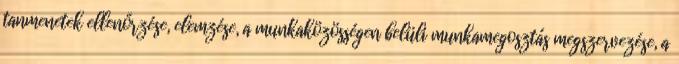
tanmenetek ellenőrzése, elemzése, a munkaközösségen belüli munkamegosztás megszervezése, a